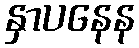
နှာပနေန